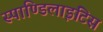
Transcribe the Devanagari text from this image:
स्पाण्डिलाइटिस